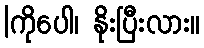
|ကိုပေါ၊ နိုးပြီးလား။